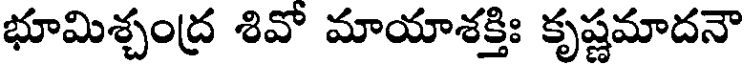
భూమిశ్చంద్ర శివో మాయాశక్తిః కృష్ణమాదనౌ